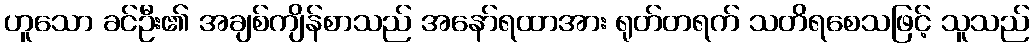
ဟူသော ခင်ဦး၏ အချစ်ကျိန်စာသည် အနော်ရထာအား ရုတ်တရက် သတိရစေသဖြင့် သူသည်